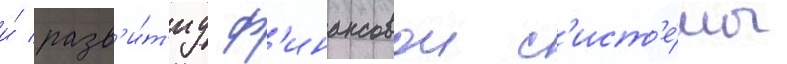
и́ разв'и́т'иу ф'инансовои с'ист'е́мы